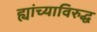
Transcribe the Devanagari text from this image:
ह्यांच्याविरुद्ध